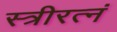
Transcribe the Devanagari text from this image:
स्त्रीरत्नं